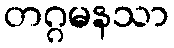
တဂ္ဂမနသာ